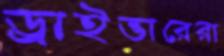
ড্রাইভারেরা